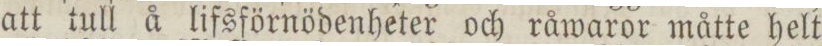
att tull å lifsförnödenheter och råwaror måtte helt